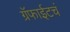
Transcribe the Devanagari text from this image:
ग्रॅफाईटचं